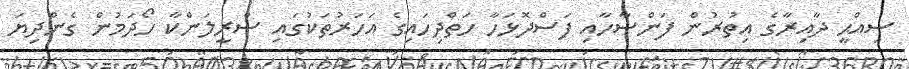
ސިއްޙީ ދާއިރާގެ އިތުރުން ފަންސާހާއި ފަސްދޮޅަހާ ހަތްދިހައިގެ އަހަރުތަކުގައި ސްރީލަންކާ ހޯދަމުން ގެންދިޔަ